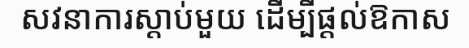
សវនាការស្តាប់មួយ ដើម្បីផ្តល់ឱកាស